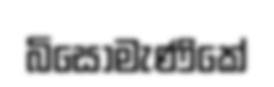
බිසෝමැණිකේ